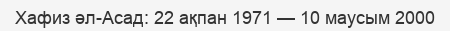
Хафиз әл-Асад: 22 ақпан 1971 — 10 маусым 2000